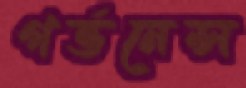
গর্ভনেন্স